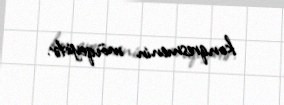
konqresmenin mövqeyidir.